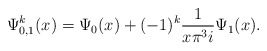
\begin{align*}\Psi_{0,1}^k(x) = \Psi_0(x) + (-1)^k \frac{1}{x \pi^3 i}\Psi_1(x).\end{align*}